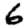
Digit: 6